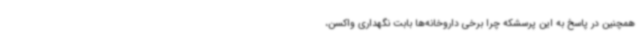
همچنین در پاسخ به این پرسشکه چرا برخی داروخانه‌ها بابت نگهداری واکسن،